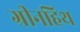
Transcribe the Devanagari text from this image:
ग्रीनहिथ